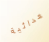
العدائية